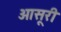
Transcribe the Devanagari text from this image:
ओसूरी